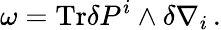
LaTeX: \omega=\mathrm{Tr}\delta P^{i}\wedge\delta\nabla_{i}\, .